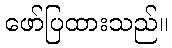
ဖော်ပြထားသည်။